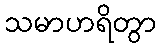
သမာဟရိတွာ